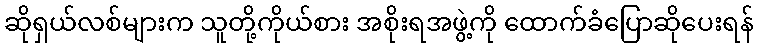
ဆိုရှယ်လစ်များက သူတို့ကိုယ်စား အစိုးရအဖွဲ့ကို ထောက်ခံပြောဆိုပေးရန်